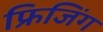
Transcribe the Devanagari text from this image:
फ्रिजिंग